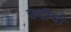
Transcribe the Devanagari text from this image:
उदीची